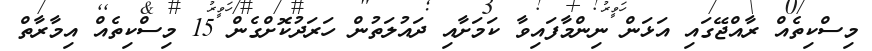
މިސްކިތެއް ރާއްޖޭގައި އަޅަން ނިންމާފައިވާ ކަމަށާއި ދައުލަތުން ހަރަދުކޮށްގެން 15 މިސްކިތެއް އިމާރާތް